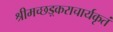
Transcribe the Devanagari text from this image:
श्रीमच्छड़्कराचार्यकृतं